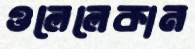
ওলেলেকান